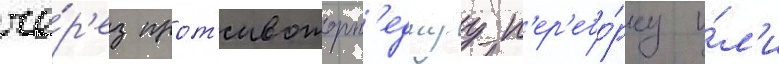
че́р'ез прот'ивоторп'еднуу п'ер'ебо́рку и́л'и